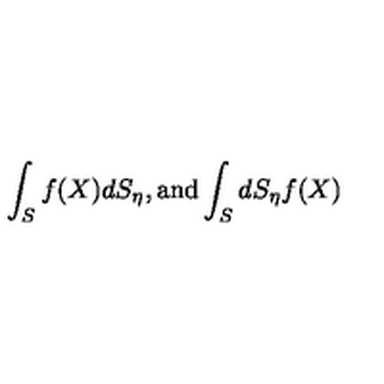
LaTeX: \int _ { S } f ( X ) d S _ { \eta } , \mathrm { a n d } \int _ { S } d S _ { \eta } f ( X )